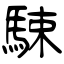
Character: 駷